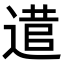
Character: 𨕃